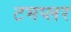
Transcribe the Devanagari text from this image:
टमप्लर